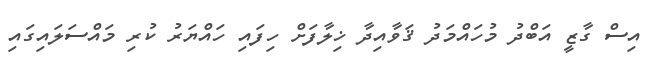
އިސް ގާޒީ އަބްދު މުހައްމަދު ޤަވާއިދާ ޚިލާފަށް ހިފައި ހައްޔަރު ކުރި މައްސަލައިގައި